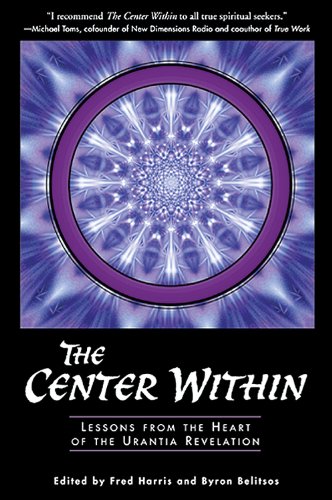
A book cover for The Center Within: Lessons from the Heart of the Urantia Revelation; Religion & Spirituality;